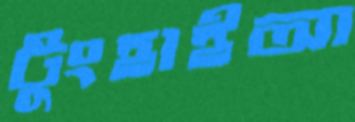
টুংহাইআ